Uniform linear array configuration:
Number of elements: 64
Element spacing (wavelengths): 0.75
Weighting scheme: blackman
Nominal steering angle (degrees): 60
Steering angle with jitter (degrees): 60.958
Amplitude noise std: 0.05
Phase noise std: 0.05

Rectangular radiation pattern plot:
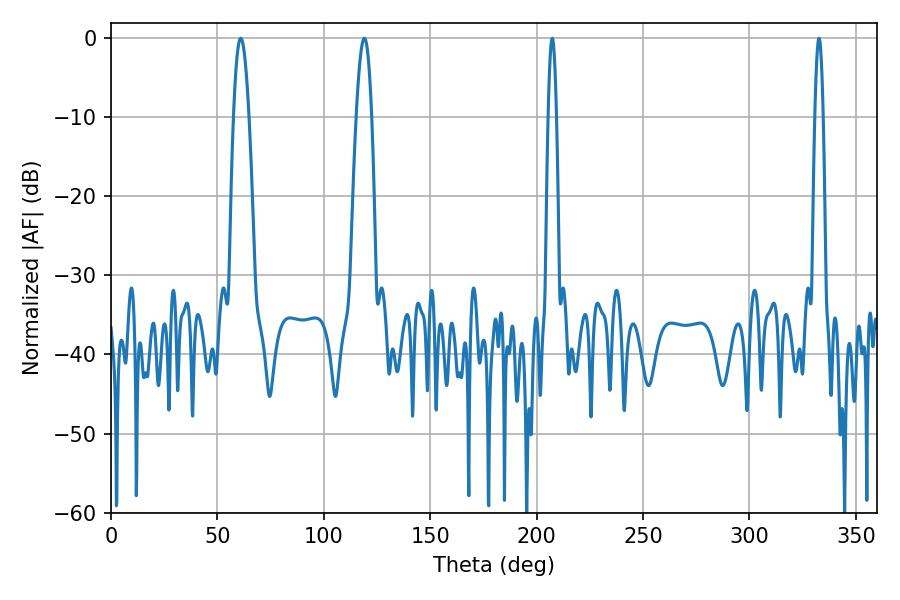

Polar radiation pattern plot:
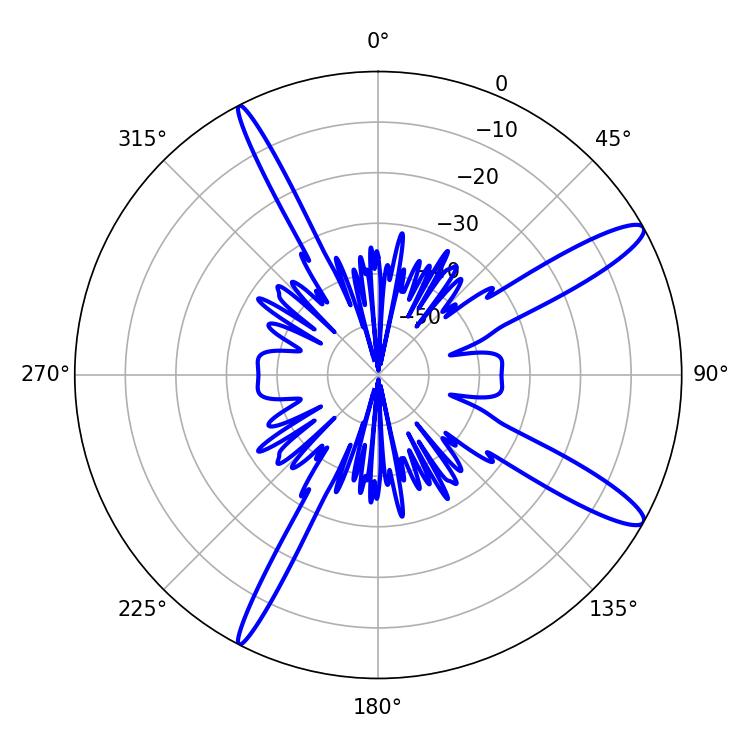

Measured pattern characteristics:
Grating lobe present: TRUE
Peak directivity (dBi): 13.247
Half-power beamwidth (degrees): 2.16
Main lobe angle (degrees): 207.36